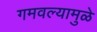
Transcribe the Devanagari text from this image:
गमवल्यामुळे